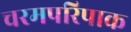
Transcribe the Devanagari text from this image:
चरमपरिपाक